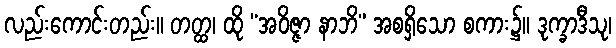
လည်းကောင်းတည်း။ တတ္ထ၊ ထို “အဝိဇ္ဇာ နာဘိ” အစရှိသော စကား၌။ ဒုက္ခာဒီသု၊